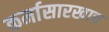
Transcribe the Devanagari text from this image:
कर्मासारखाच